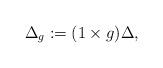
LaTeX: \begin{align*}\Delta_g := (1\times g) \Delta,\end{align*}